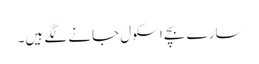
سارے بچے اسکول جانے لگے ہیں۔